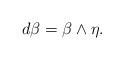
LaTeX: \begin{align*}d \beta = \beta \wedge \eta.\end{align*}